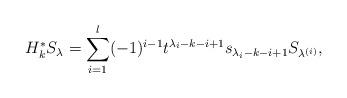
LaTeX: \begin{align*}H_{k}^{*}S_{\lambda}=\sum\limits_{i=1}^l (-1)^{i-1}t^{\lambda_{i}-k-i+1}s_{\lambda_{i}-k-i+1}S_{\lambda^{(i)}},\end{align*}